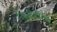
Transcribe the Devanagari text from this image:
रिप्रज़ेन्टेटिव्स